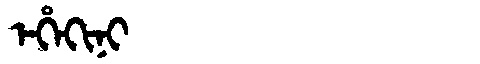
Manchu: ᡝᡥᡝᡴᡳᠨᡳ
Romanization: EHEKINI